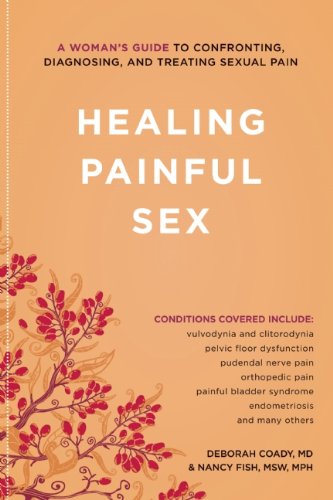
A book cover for Healing Painful Sex: A Woman's Guide to Confronting, Diagnosing, and Treating Sexual Pain; Deborah Coady; Health, Fitness & Dieting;